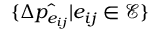
\{ \Delta \hat { p _ { e _ { i j } } } | e _ { i j } \in \mathcal { E } \}